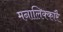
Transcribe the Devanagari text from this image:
मनालिक्कारै